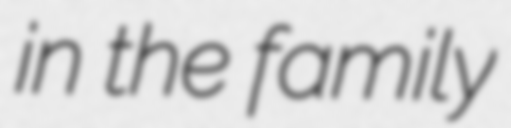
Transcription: in the family